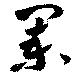
闌